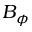
B _ { \phi }